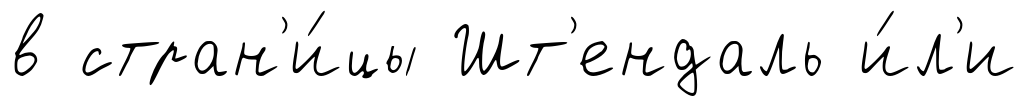
в стран'и́цы Шт'ендаль и́л'и